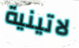
لاتينية